Annual report on the mental hospital in the Central Provinces and Berar (Nagpur) - 1927-1951
Year: 1927
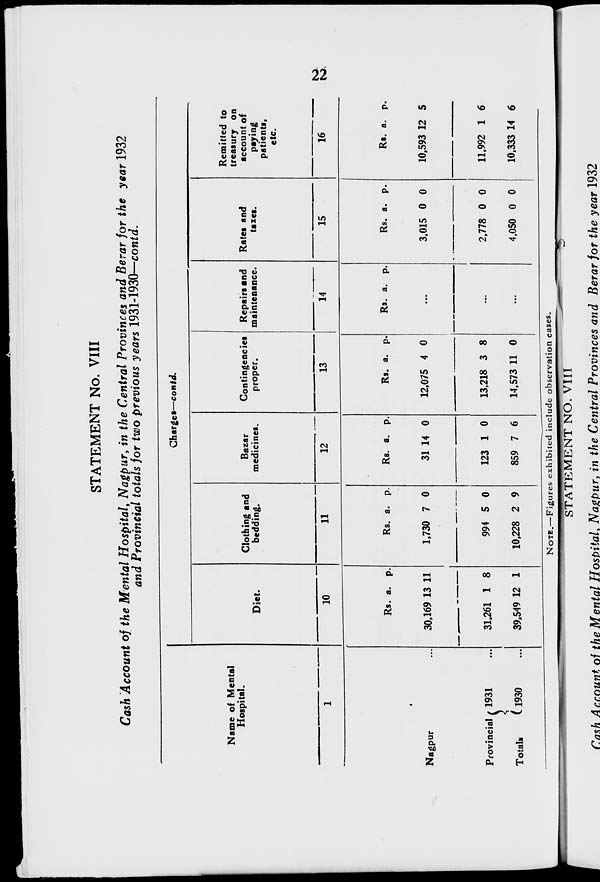
22
STATEMENT No. VIII
Cash Account of the Mental Hospital, Nagpur, in the Central Provinces and Berar for the year 1932
and Provincial totals for two previous years 1931-1930—contd.
Name of Mental
Hospital.
1
Nagpur ...
Provincial
Totals.
1931 ...
1930 ...
Charges—contd.
Diet.
10
Rs.
30,169
31,261
39,549
a.
13
1
12
p.
11
8
1
Clothing and
bedding.
11
Rs.
1,730
994
10,228
a.
7
5
2
p.
0
0
9
Bazar
medicines.
12
Rs.
31
123
859
a.
14
1
7
p.
0
0
6
Contingencies
proper.
13
Rs.
12,075
13,218
14,573
a.
4
3
11
p.
0
8
0
Repairs and
maintenance.
14
Rs. a. p.
...
...
...
Rates and
taxes.
15
Rs.
3,015
2,778
4,050
a.
0
0
0
p.
0
0
0
Remitted to
treasury on
account of
paying
patients.
etc.
16
Rs.
10,593
11,992
10,333
a.
12
1
14
p.
5
6
6
NOTE.—Figures exhibited include observation cases.